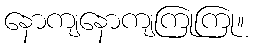
နောကျနောကျကြုကြု။